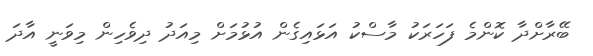
ބޭރާށްދާ ކޮންމެ ފަހަރަކު މާސްކު އަޅައިގެން އުޅުމަށް މިއަދު ދިވެހިން މިވަނީ އާދަ